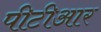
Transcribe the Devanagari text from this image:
पीटीआर